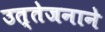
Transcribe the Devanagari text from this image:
उत्तेजनाने